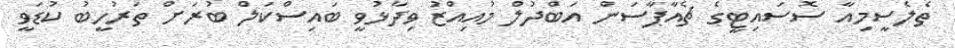
ތެލެސީމިއާ ސޮސައިޓީގެ ޗެއާޕާސަން އަބްދުލް މުއިއްޒު ވިދާޅުވީ ބައިސްކަލް ބުރަށް ތަރުހީބު ކުޑަވީ